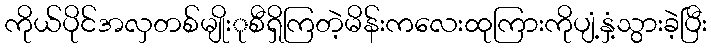
ကိုယ်ပိုင်အလှတစ်မျိုးုစီရှိကြတဲ့မိန်းကလေးထုကြားကိုပျံ့နှံ့သွားခဲ့ပြီး